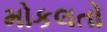
મોકલતો